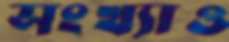
সংখ্যাও